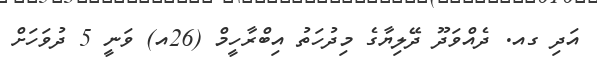
އަދި ގއ. ދެއްވަދޫ ދޭލިޔާގެ މިދުހަތު އިބްރާހީމް (26އ) ވަނީ 5 ދުވަހަށް